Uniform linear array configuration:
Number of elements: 24
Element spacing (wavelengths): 0.5
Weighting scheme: uniform
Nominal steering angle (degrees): -15
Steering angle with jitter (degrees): -14.589
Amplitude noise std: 0.05
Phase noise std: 0.05

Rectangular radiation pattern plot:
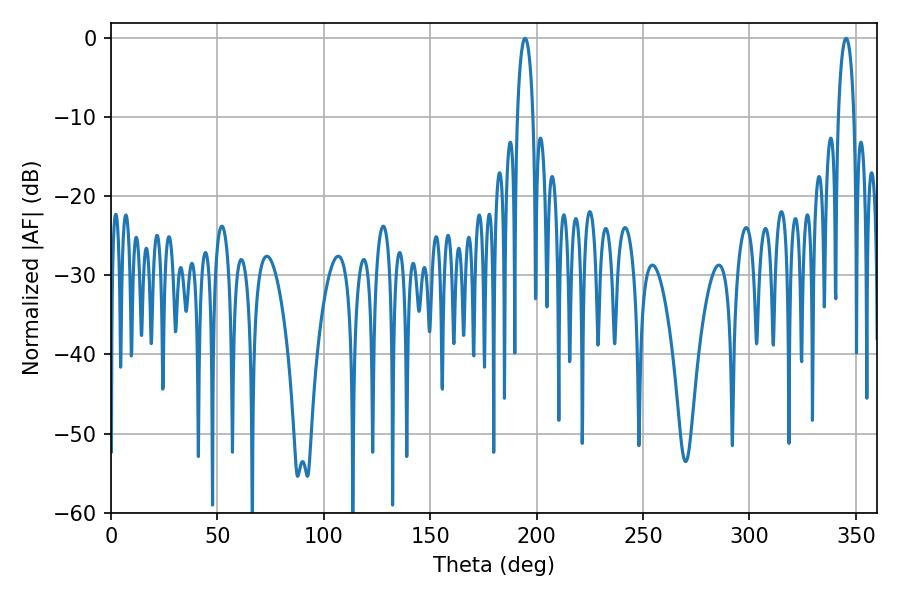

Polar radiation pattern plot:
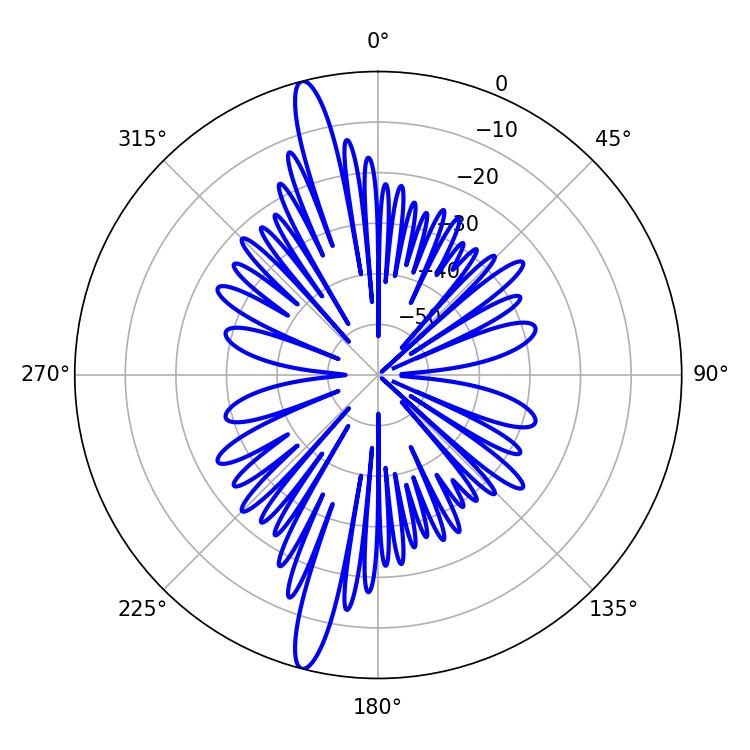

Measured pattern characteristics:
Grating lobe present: FALSE
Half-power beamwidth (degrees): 4.32
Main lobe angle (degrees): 345.42